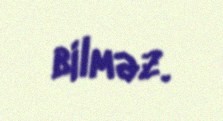
bilməz.